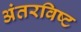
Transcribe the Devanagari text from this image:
अंतरविष्ट